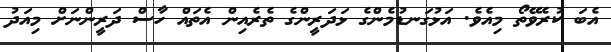
އެބަ ކުރެވޭތޯ މިއެވެ. އަޅުގަނޑުމެންގެ ޅަދަރީންގެ ތެރެއިން އެތައް ހާސް ދަރީންނަށް މިއަދު